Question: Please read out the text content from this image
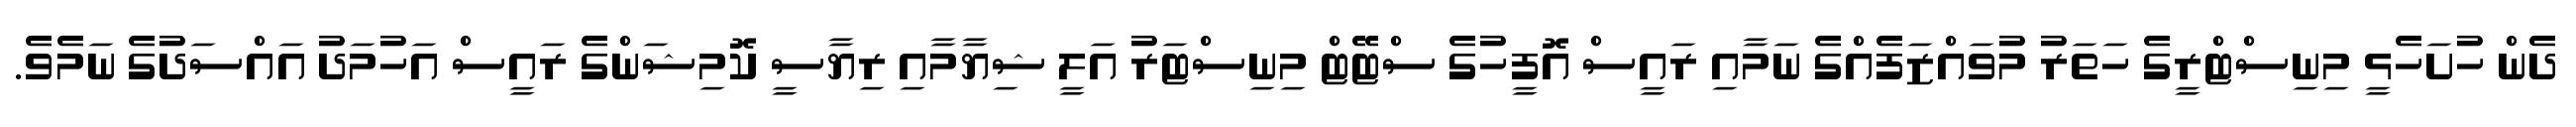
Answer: ދެން ހުށަހެޅީ މިނިސްޓްރީގެ ހަތަރު މުވައްޒަފެއްގެ ނަމާއި ރައީސް އޮފީހުގެ ސްޓޭޓް މިނިސްޓަރު އަލީ ޝިޔާމާއި ރިޔާސީ ކޮމިޝަންގެ ރައީސް އަހުމަދު އައްސަދުގެ ނަމެވެ.